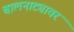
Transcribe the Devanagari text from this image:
बालनाट्यावर